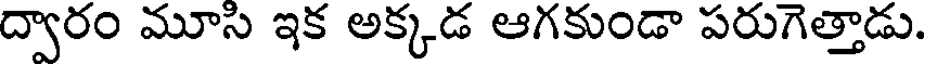
ద్వారం మూసి ఇక అక్కడ ఆగకుండా పరుగెత్తాడు.